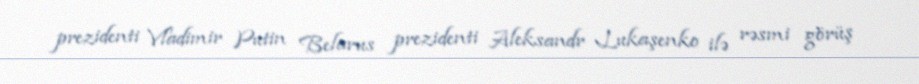
prezidenti Vladimir Putin Belarus prezidenti Aleksandr Lukaşenko ilə rəsmi görüş